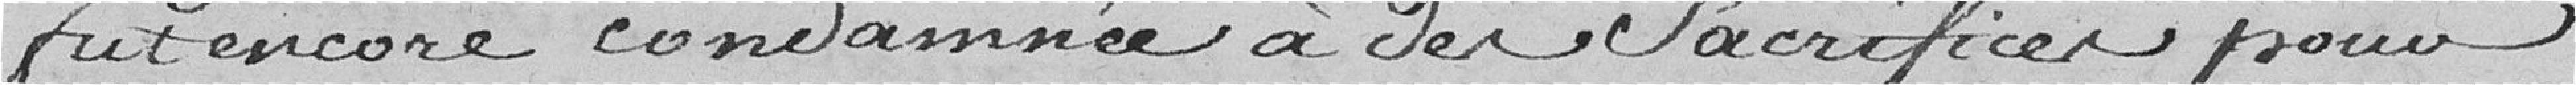
fut encore condamnée à des sacrifices pour